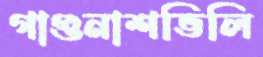
গাগুনাশভিলি